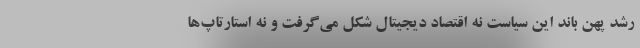
رشد پهن باند این سیاست نه اقتصاد دیجیتال شکل می‌گرفت و نه استارتاپ‌ها